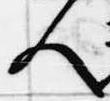
人